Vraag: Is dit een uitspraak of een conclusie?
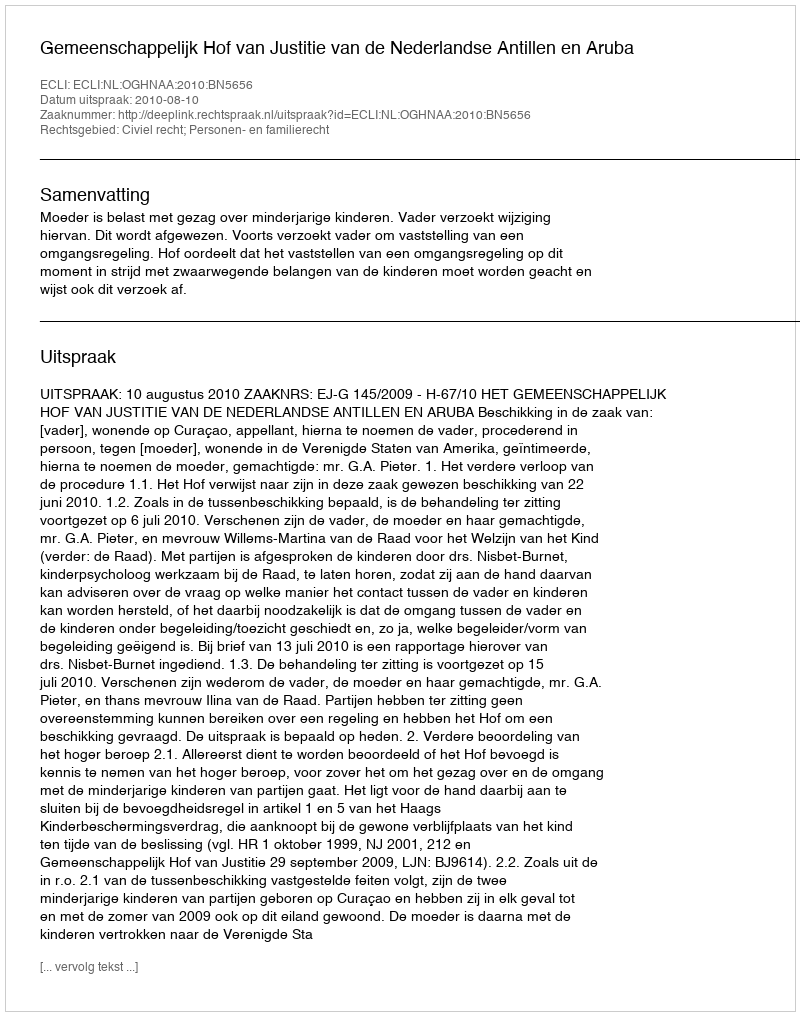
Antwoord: Uitspraak